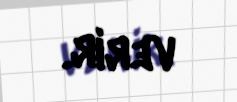
verir.